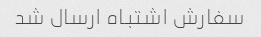
سفارش اشتباه ارسال شد